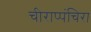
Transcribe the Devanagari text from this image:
चीराप्पंचिरा